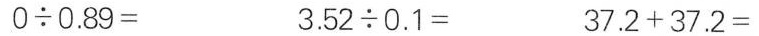
$$0 {\div} 0 . 8 9 =$$ $$3 . 5 2 {\div} 0 . 1 =$$ $$3 7 . 2 + 3 7 . 2 =$$